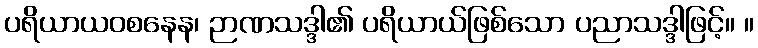
ပရိယာယဝစနေန၊ ဉာဏသဒ္ဒါ၏ ပရိယာယ်ဖြစ်သော ပညာသဒ္ဒါဖြင့်။ ။